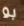
بو